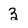
Character: 3